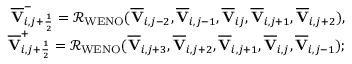
\begin{array} { r } { \overline { { \mathbf { V } } } _ { i , j + \frac { 1 } { 2 } } ^ { - } = \mathcal { R } _ { \mathrm { W E N O } } ( \overline { { \mathbf { V } } } _ { i , j - 2 } , \overline { { \mathbf { V } } } _ { i , j - 1 } , \overline { { \mathbf { V } } } _ { i j } , \overline { { \mathbf { V } } } _ { i , j + 1 } , \overline { { \mathbf { V } } } _ { i , j + 2 } ) , } \\ { \overline { { \mathbf { V } } } _ { i , j + \frac { 1 } { 2 } } ^ { + } = \mathcal { R } _ { \mathrm { W E N O } } ( \overline { { \mathbf { V } } } _ { i , j + 3 } , \overline { { \mathbf { V } } } _ { i , j + 2 } , \overline { { \mathbf { V } } } _ { i , j + 1 } , \overline { { \mathbf { V } } } _ { i , j } , \overline { { \mathbf { V } } } _ { i , j - 1 } ) ; } \end{array}